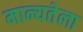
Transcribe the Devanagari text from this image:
मान्यतेला